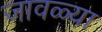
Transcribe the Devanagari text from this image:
जावळ्या